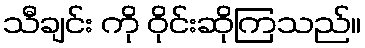
သီချင်း ကို ဝိုင်းဆိုကြသည်။